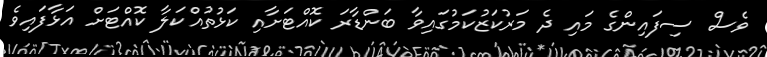
ވެސް ސިފައިންގެ މައި ދެ މަރުކަޒުކަމުގައިވާ ބަންޑާރަ ކޮއްޓަށާއި ކަޅުތުއްކަލާ ކޮއްޓަށް އަޅާފައިވެ